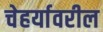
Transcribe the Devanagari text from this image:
चेहर्यावरील